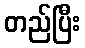
တည်ပြီး